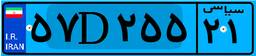
۱۱D۷۹۹۹۸